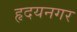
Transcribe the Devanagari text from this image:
हृदयनगर